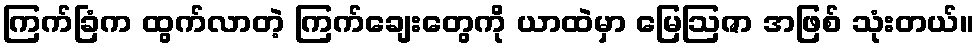
ကြက်ခြံက ထွက်လာတဲ့ ကြက်ချေးတွေကို ယာထဲမှာ မြေဩဇာ အဖြစ် သုံးတယ်။